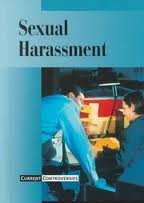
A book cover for Current Controversies - Sexual Harassment (hardcover edition); Teen & Young Adult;